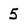
Character: 5